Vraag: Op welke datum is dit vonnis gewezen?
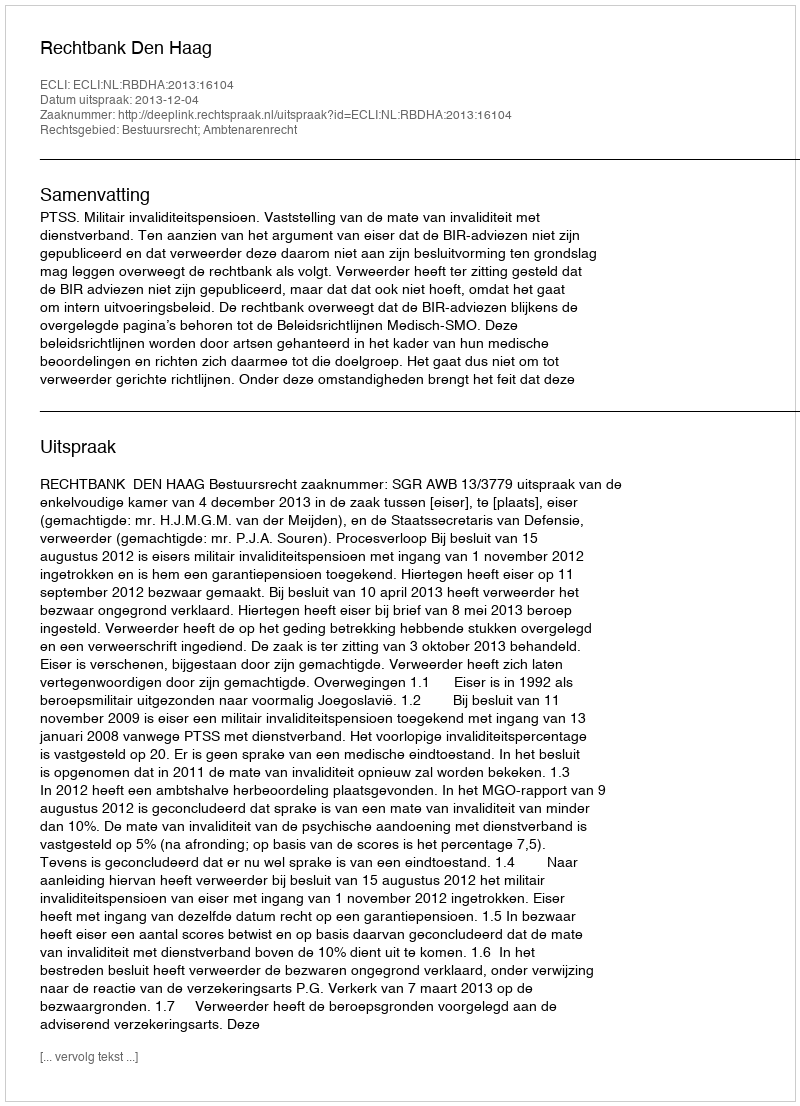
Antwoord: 2013-12-04